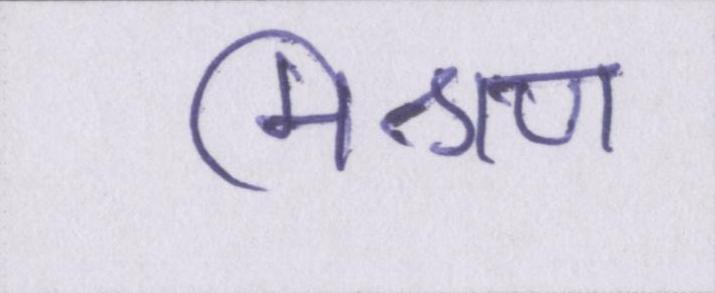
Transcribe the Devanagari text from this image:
मिश्रण